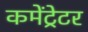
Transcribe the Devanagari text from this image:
कमेंट्रेटर